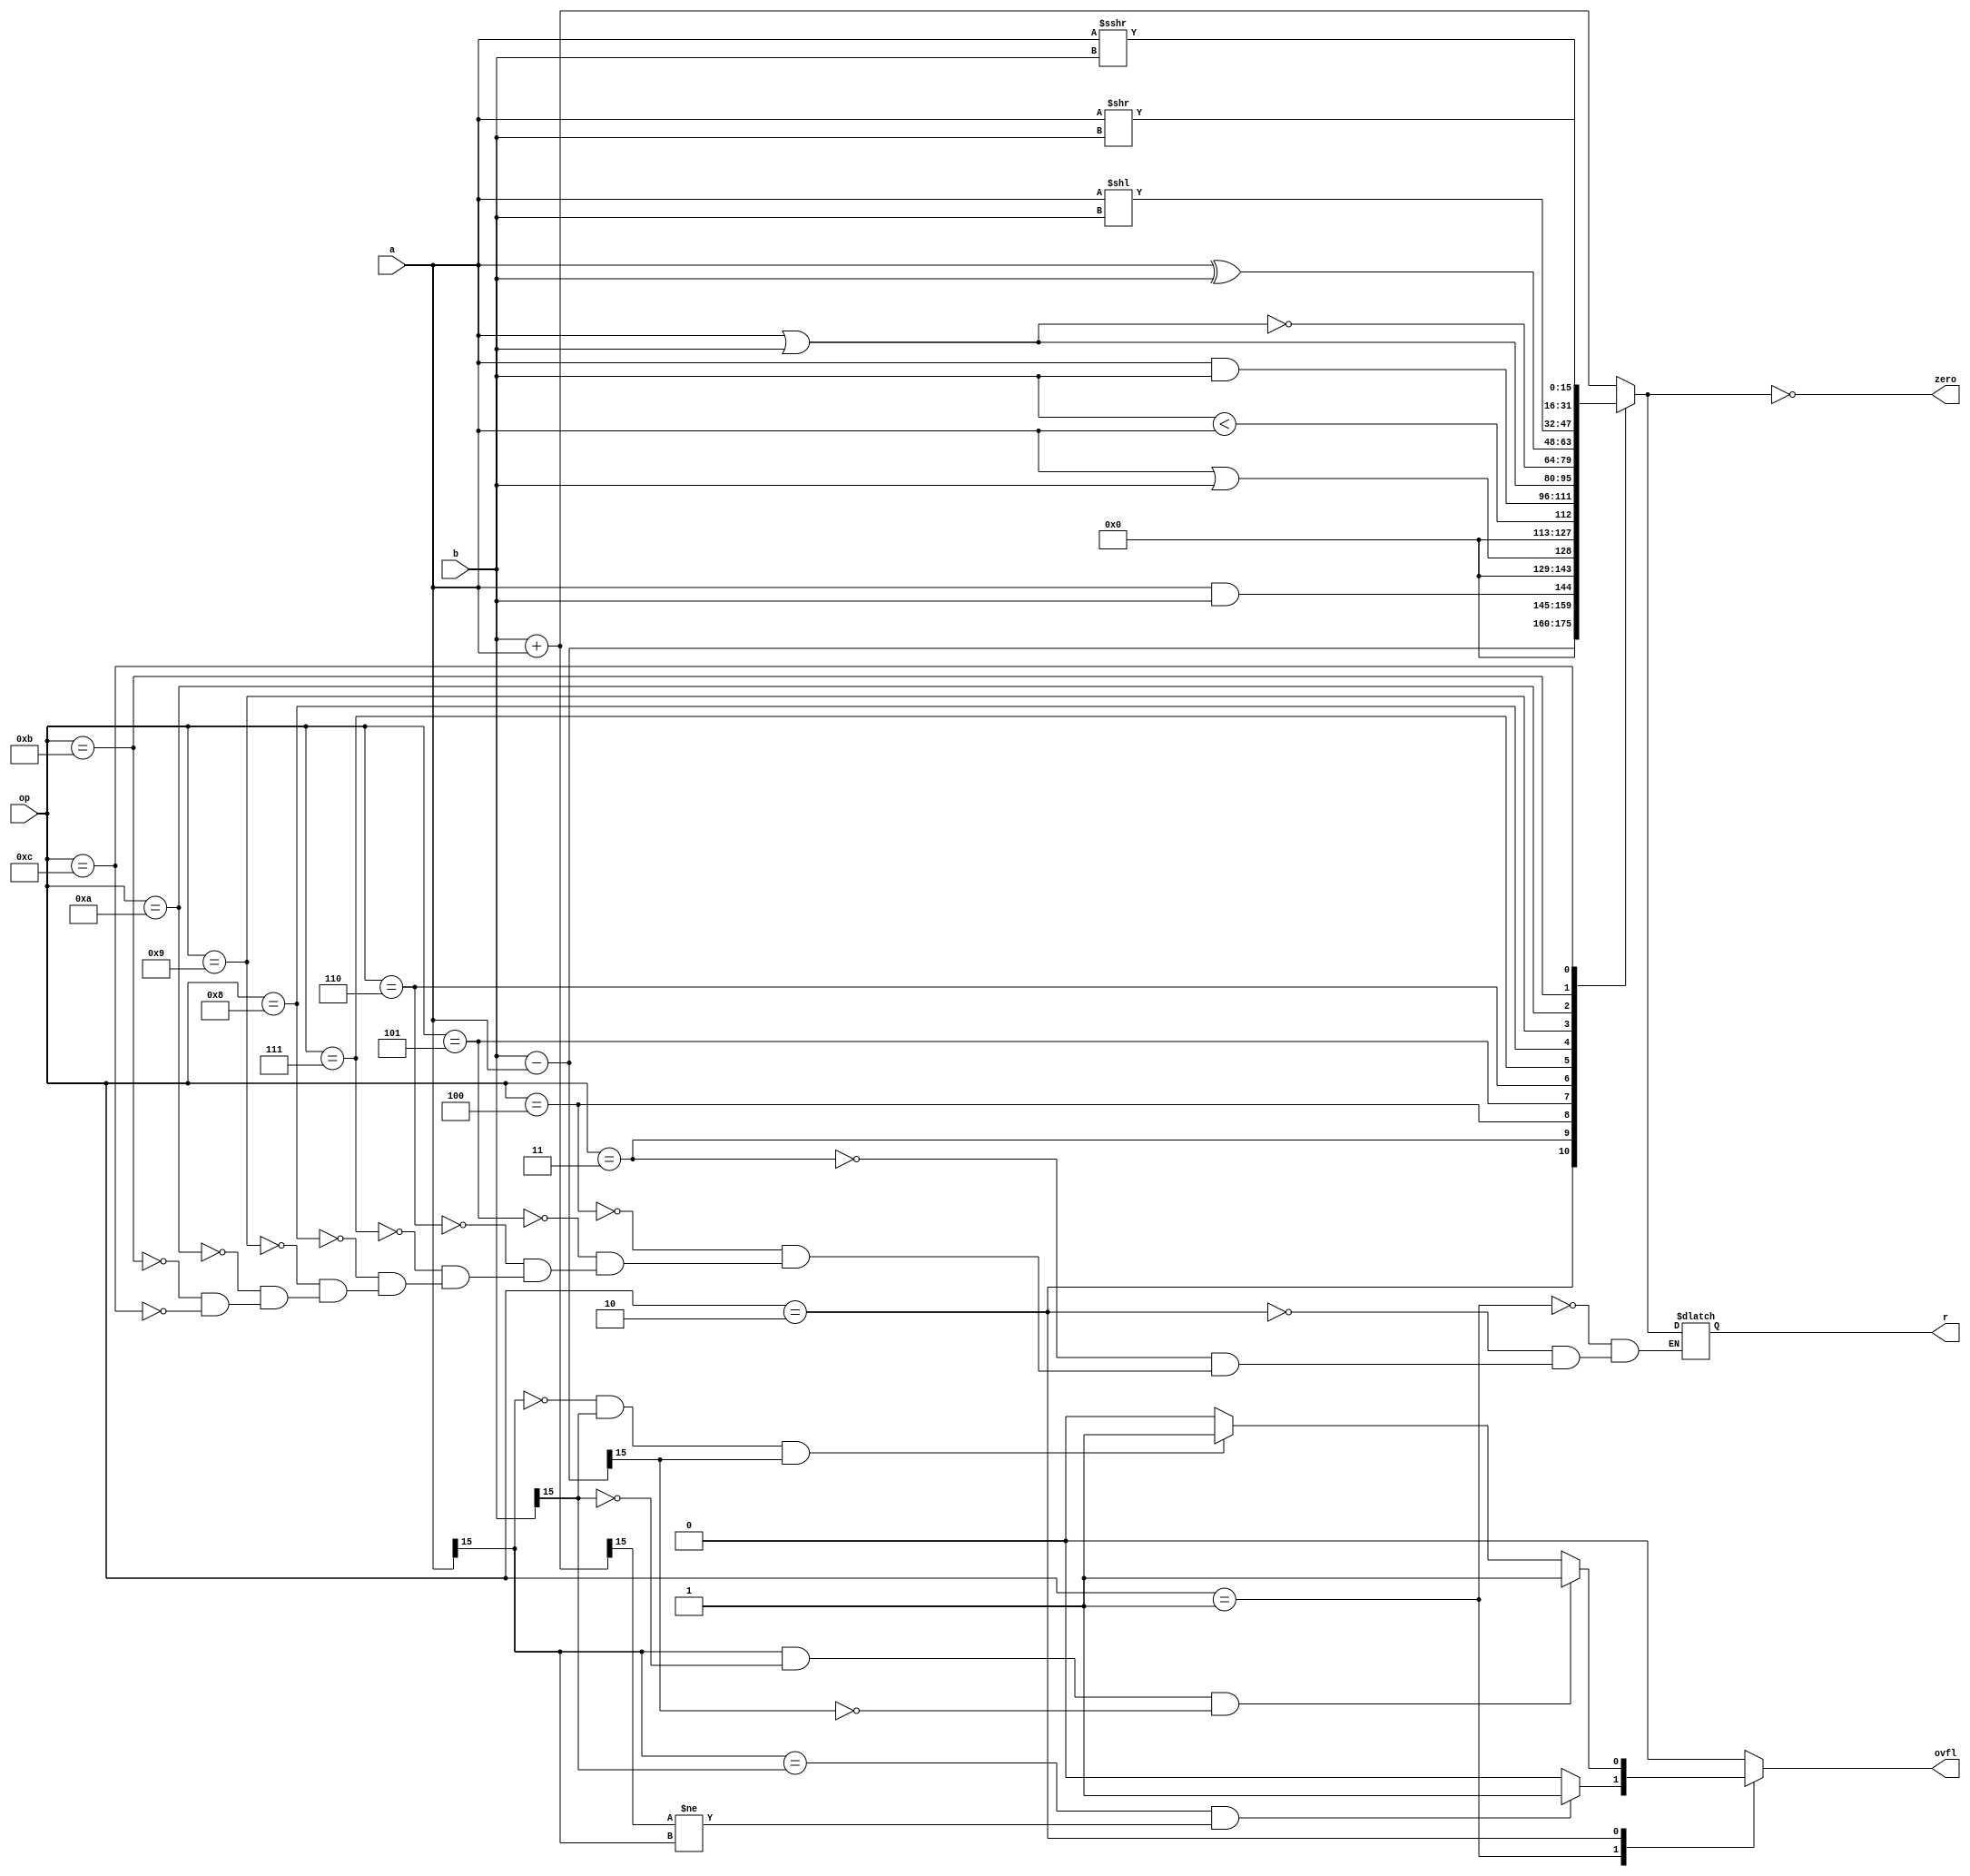
`timescale 1ns / 1ps
//////////////////////////////////////////////////////////////////////////////////
// Company: 
// Engineer: 
// 
// Design Name: 
// Module Name:    alu_16b 
// Project Name: 
// Target Devices: 
// Tool versions: 
// Description: 
//
// Dependencies: 
//
// Revision: 
// Revision 0.01 - File Created
// Additional Comments: 
//
//////////////////////////////////////////////////////////////////////////////////
module alu_16b(
   input [15:0] a,
   input [15:0] b,
   input [3:0] op,
   output reg [15:0] r,
   output reg zero,
   output reg ovfl
   );
	
	always @(*) begin
		ovfl = 0;
		case (op)
			4'b0001: begin
				//			       ADDITION SIGN BITS
				//    num1sign num2sign sumsign
				//   ---------------------------
				//        0 0 0
				// *OVER* 0 0 1 (adding two positives should be positive)
				//        0 1 0
				//        0 1 1
				//        1 0 0
				//        1 0 1
				// *OVER* 1 1 0 (adding two negatives should be negative)
				//        1 1 1
				r = b + a;			   //ADD
				if (a[15] == b[15] && r[15] != a[15]) ovfl = 1;
			end
			4'b0010: begin
				//						SUBTRACTION SIGN BITS
				//		 num1sign num2sign sumsign
				//	  ---------------------------
				//		  	 0 0 0
				//			 0 0 1
				//			 0 1 0
				//	*OVER* 0 1 1 (subtracting a negative is the same as adding a positive)
				//	*OVER* 1 0 0 (subtracting a positive is the same as adding a negative)
				//			 1 0 1
				//			 1 1 0
				//			 1 1 1
				r = b - a;				//SUB
				if (a[15] == 0 && b[15] == 1 && r[15] == 1) ovfl = 1;
				if (a[15] == 1 && b[15] == 0 && r[15] == 0) ovfl = 1;
			end
			4'b0011: r = (a && b);	//Logical AND
			4'b0100: r = (a || b);	//Logical OR
			4'b0101: r = ($signed(b) < $signed(a));	//Set Less Than
			4'b0110: r = (a & b);	//Bitwise AND
			4'b0111: r = (a | b); 	//Bitwise OR
			4'b1000: r = ~(a | b);	//Bitwise NOR
			4'b1001: r = (a ^ b);	//Bitwise XOR
			4'b1010: r = (a << b);	//Shift left
			4'b1011: r = (a >> b);	//Shift right logical
			4'b1100: r = ($signed(a) >>> b);	//Shift right arithmetic
		endcase
		zero = (r == 0);
	end
	
endmodule